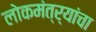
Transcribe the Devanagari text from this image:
लोकमंत्र्यांचा